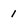
Character: 1